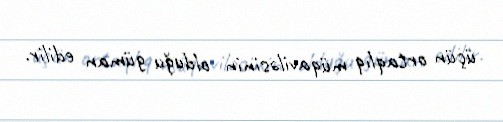
üçün ortaqlıq müqaviləsinin olduğu güman edilir.